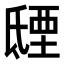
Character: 𣱐